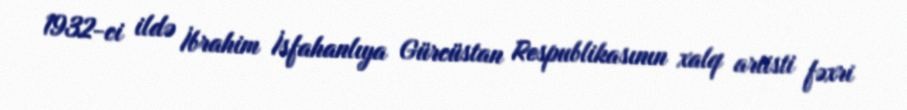
1932-ci ildə İbrahim İsfahanlıya Gürcüstan Respublikasının xalq artisti fəxri